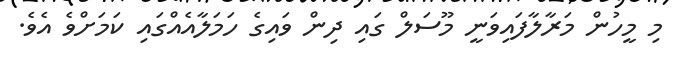
މި މީހުން މަރާލާފައިވަނީ މޫސަލް ގައި ދިން ވައިގެ ހަމަލާއެއްގައި ކަމަށްވެ އެވެ.